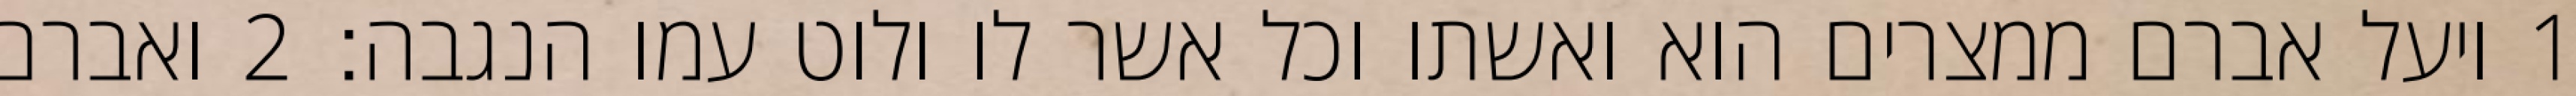
1 ויעל אברם ממצרים הוא ואשתו וכל אשר לו ולוט עמו הנגבה׃ ‎2‏ ואברם